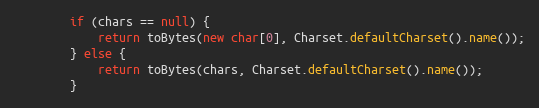
Language: Java
        if (chars == null) {
            return toBytes(new char[0], Charset.defaultCharset().name());
        } else {
            return toBytes(chars, Charset.defaultCharset().name());
        }